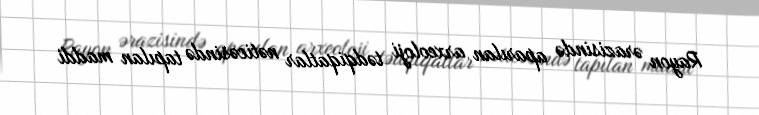
Rayon ərazisində aparılan arxeoloji tədqiqatlar nəticəsində tapılan maddi